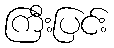
ကြီးပြင်း